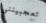
تعجبينني